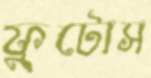
ফুটোস